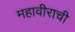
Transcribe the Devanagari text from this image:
महावीराची